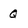
Character: Q